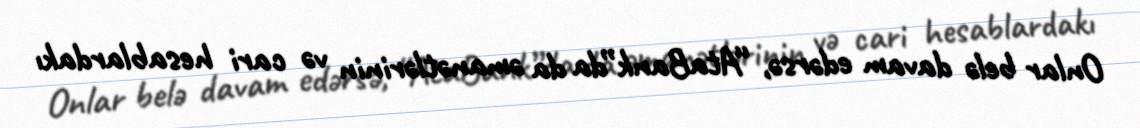
Onlar belə davam edərsə, “AtaBank”da da əmanətlərinin və cari hesablardakı